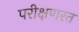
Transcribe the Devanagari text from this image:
परीक्षणरत